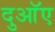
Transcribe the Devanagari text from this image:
दुआॅए